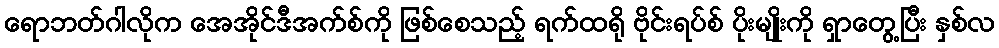
ရောဘတ်ဂါလိုက အေအိုင်ဒီအက်စ်ကို ဖြစ်စေသည့် ရက်ထရို ဗိုင်းရပ်စ် ပိုးမျိုးကို ရှာတွေ့ပြီး နှစ်လ